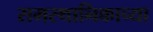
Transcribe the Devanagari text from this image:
समस्थानिकाच्या